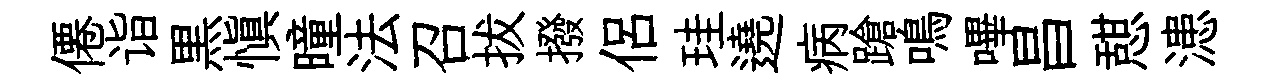
僊诣黒慎曈法召拔撥侣珪遶病蹌鳴嗶昌憇漶